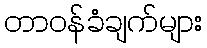
တာဝန်ခံချက်များ